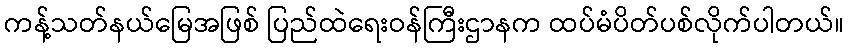
ကန့်သတ်နယ်မြေအဖြစ် ပြည်ထဲရေးဝန်ကြီးဌာနက ထပ်မံပိတ်ပစ်လိုက်ပါတယ်။